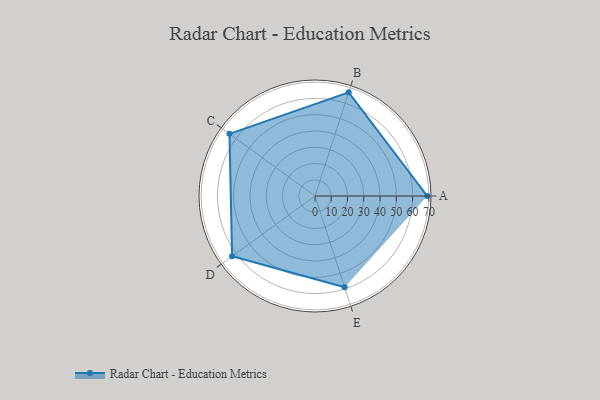
{"axis": {"x": "Skill", "y": "Score"}, "legend": ["Profile"], "data": [{"x": "A", "y": 69.0, "type": "Profile"}, {"x": "B", "y": 67.0, "type": "Profile"}, {"x": "C", "y": 65.0, "type": "Profile"}, {"x": "D", "y": 63.0, "type": "Profile"}, {"x": "E", "y": 59.0, "type": "Profile"}]}